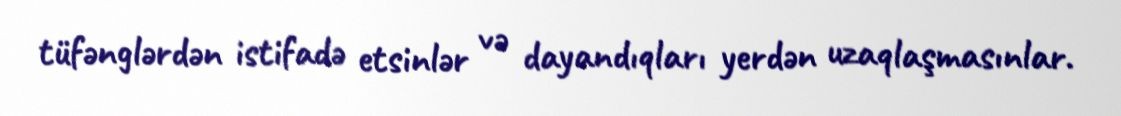
tüfənglərdən istifadə etsinlər və dayandıqları yerdən uzaqlaşmasınlar.